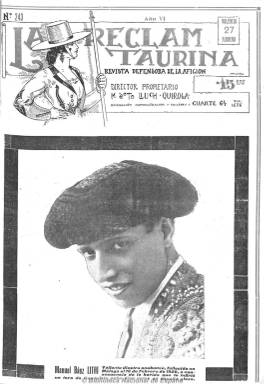
Título: La Reclam taurina
Colección: Toros
Ámbito geográfico: Valencia
Lugar de publicación: Valencia
Fechas: 27/02/1926-24/10/1931

“Revista defensora de la afición”, tal como indica su subtítulo, que comienza a publicar en Valencia, en 1926, el periodista y escritor Manuel Soto Lluch (1894), como continuación, en parte, de La reclam, que había fundado en 1921 y de la que era propietario y director. Aparece cada sábado en números de doce páginas y al precio de 15 céntimos, con crónicas, noticias y comentarios sobre la fiesta de los toros tanto de Valencia como del resto de España. Además de los textos escritos por el propio director, bajo su seudónimo Quiroga, cuenta con la colaboración de otros revisteros taurinos y corresponsales en la diversas capitales de provincia, como Pascual Cardona, Rogelio Belmonte o Pepe Gómez, o los que escriben bajo seudónimos, como TT.TT., Patucolla, Latiguillo-Chico, Currillo, Sotillo, Alegrías, Don Kus, Don Jindama o Paquillo, entre otros muchos.

Como periódico taurino ilustrado su primera página siempre está ocupada por grandes fotografías de toreros o de lances de las corridas de toros, y sus crónicas y reportajes también incluyen numerosas fotografías. Cuenta con secciones como Puntazos, Por la puerta grande, Radio cornadas o Notas cómicas, pues también adquirió cierto tono humorístico. Publica también una Guía taurina (matadores, rejoneadores, cuadrillas, becerristas, etc.) y, a modo de folletín, la obra Arte de torear a pie y a caballo, de Francisco Montes. La publicidad es, sin embargo, escasa.

Destaca en esta, como en las demás publicaciones de Soto Lluch, la presencia del dibujante, caricaturista, cartelista, periodista e intelectual ácrata Juan Pérez del Muro Sánchez (México: 1895 – Barcelona: 1949), autor, además de los grabados de las cabeceras, de numerosos dibujos y caricaturas, como especialista especializado en temas taurinos y gran colaborador que fue de la prensa valenciana de la época antes de recalar en Barcelona, publicando asimismo textos en La reclam taurina y contando, incluso, con una sección propia, La nota cómica del domingo.

Durante la dictadura primoriverista, la revista estuvo revisada por la censura. Más adelante redujo a ocho su número de páginas y su precio, a diez céntimos el ejemplar, pero manteniendo su carácter muy ilustrado y de textos de gran interés tauromáquico. En la colección de la Biblioteca Nacional falta el año 1927, salvo el número del 8 de enero. El último número corresponde al 24 de octubre de 1931, desconociéndose si siguió publicándose durante algún tiempo más.